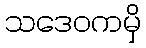
သဒေဝကမှိ